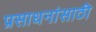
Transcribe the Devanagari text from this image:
प्रसाधनांसाठी